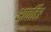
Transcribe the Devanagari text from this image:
आवर्तित्र